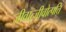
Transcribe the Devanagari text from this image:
जीवात्जीवोत्पत्ति